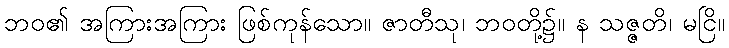
ဘဝ၏ အကြားအကြား ဖြစ်ကုန်သော။ ဇာတီသု၊ ဘဝတို့၌။ န သဇ္ဇတိ၊ မငြိ။